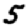
Digit: 5